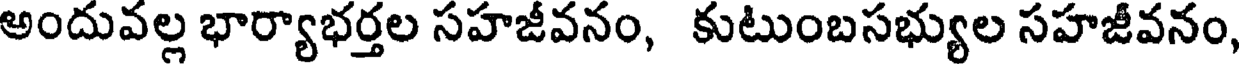
అందువల్ల భార్యాభర్తల సహజీవనం, కుటుంబసభ్యుల సహజీవనం,